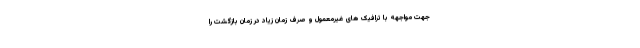
جهت مواجهه با ترافیک های غیرمعمول و صرف زمان زیاد در زمان بازگشت را